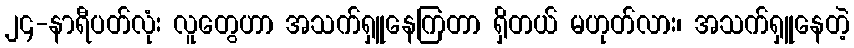
၂၄-နာရီပတ်လုံး လူတွေဟာ အသက်ရှူနေကြတာ ရှိတယ် မဟုတ်လား၊ အသက်ရှူနေတဲ့